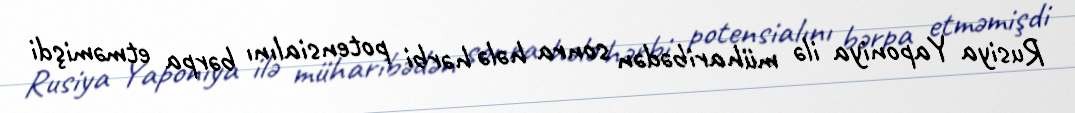
Rusiya Yaponiya ilə müharibədən sonra hələ hərbi potensialını bərpa etməmişdi